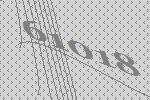
61018